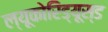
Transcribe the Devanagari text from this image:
ल्यूकोरिड्यूस्ड